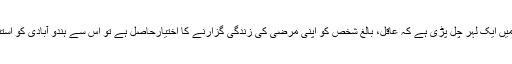
دنیا بھر میں ایک لہر چل پڑی ہے کہ عاقل، بالغ شخص کو اپنی مرضی کی زندگی گزارنے کا اختیارحاصل ہے تو اس سے ہندو آبادی کو استنثیٰ کیسا؟